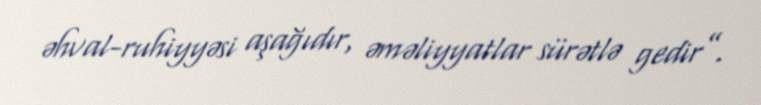
əhval-ruhiyyəsi aşağıdır, əməliyyatlar sürətlə gedir”.